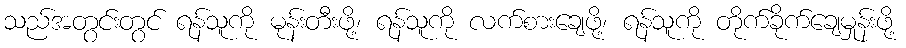
သည်အတွင်းတွင် ရန်သူကို မုန်းတီးဖို့၊ ရန်သူကို လက်စားချေဖို့၊ ရန်သူကို တိုက်ခိုက်ချေမှုန်းဖို့